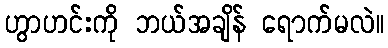
ဟွာဟင်းကို ဘယ်အချိန် ရောက်မလဲ။